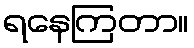
ရနေကြတာ။